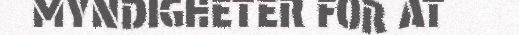
MYNDIGHETER FOR AT